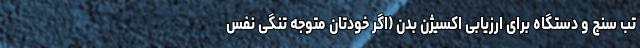
تب سنج و دستگاه برای ارزیابی اکسیژن بدن (اگر خودتان متوجه تنگی نفس